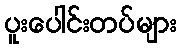
ပူးပေါင်းတပ်များ